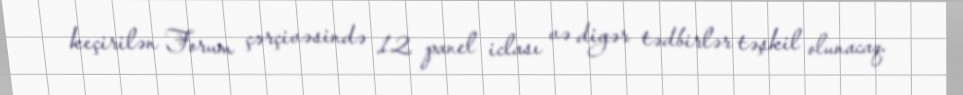
keçirilən Forum çərçivəsində 12 panel iclası və digər tədbirlər təşkil olunacaq.